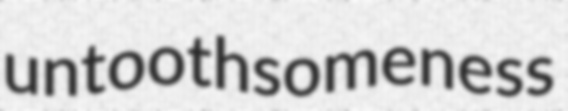
untoothsomeness